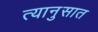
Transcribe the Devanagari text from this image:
त्यानुसात